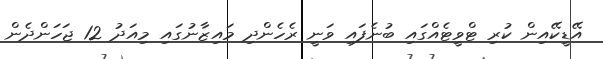
އޭޑީކޭއިން ކުރި ޓްވީޓެއްގައި ބުނެފައި ވަނީ ރެހެންދި މައިޒާނުގައި މިއަދު 12 ޖަހަންދެން